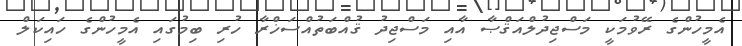
އެމީހުންގެ ރޭވުމަކީ މަސްޖިދުލްއަޤްޞާ އާއި މަސްޖިދު ޤުއްބަތުއްސަޚްރާ ހުރި ބިމުގައި އެމީހުންގެ ހައިކަލް